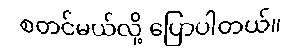
စတင်မယ်လို့ ပြောပါတယ်။